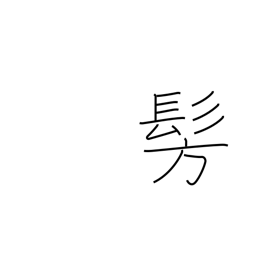
Meaning: dimly